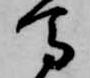
馬